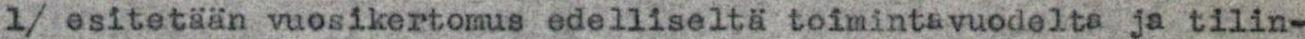
1/ esitetään vuosikertomus edelliseltä toimintavuodelta ja tilin-